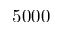
5 0 0 0